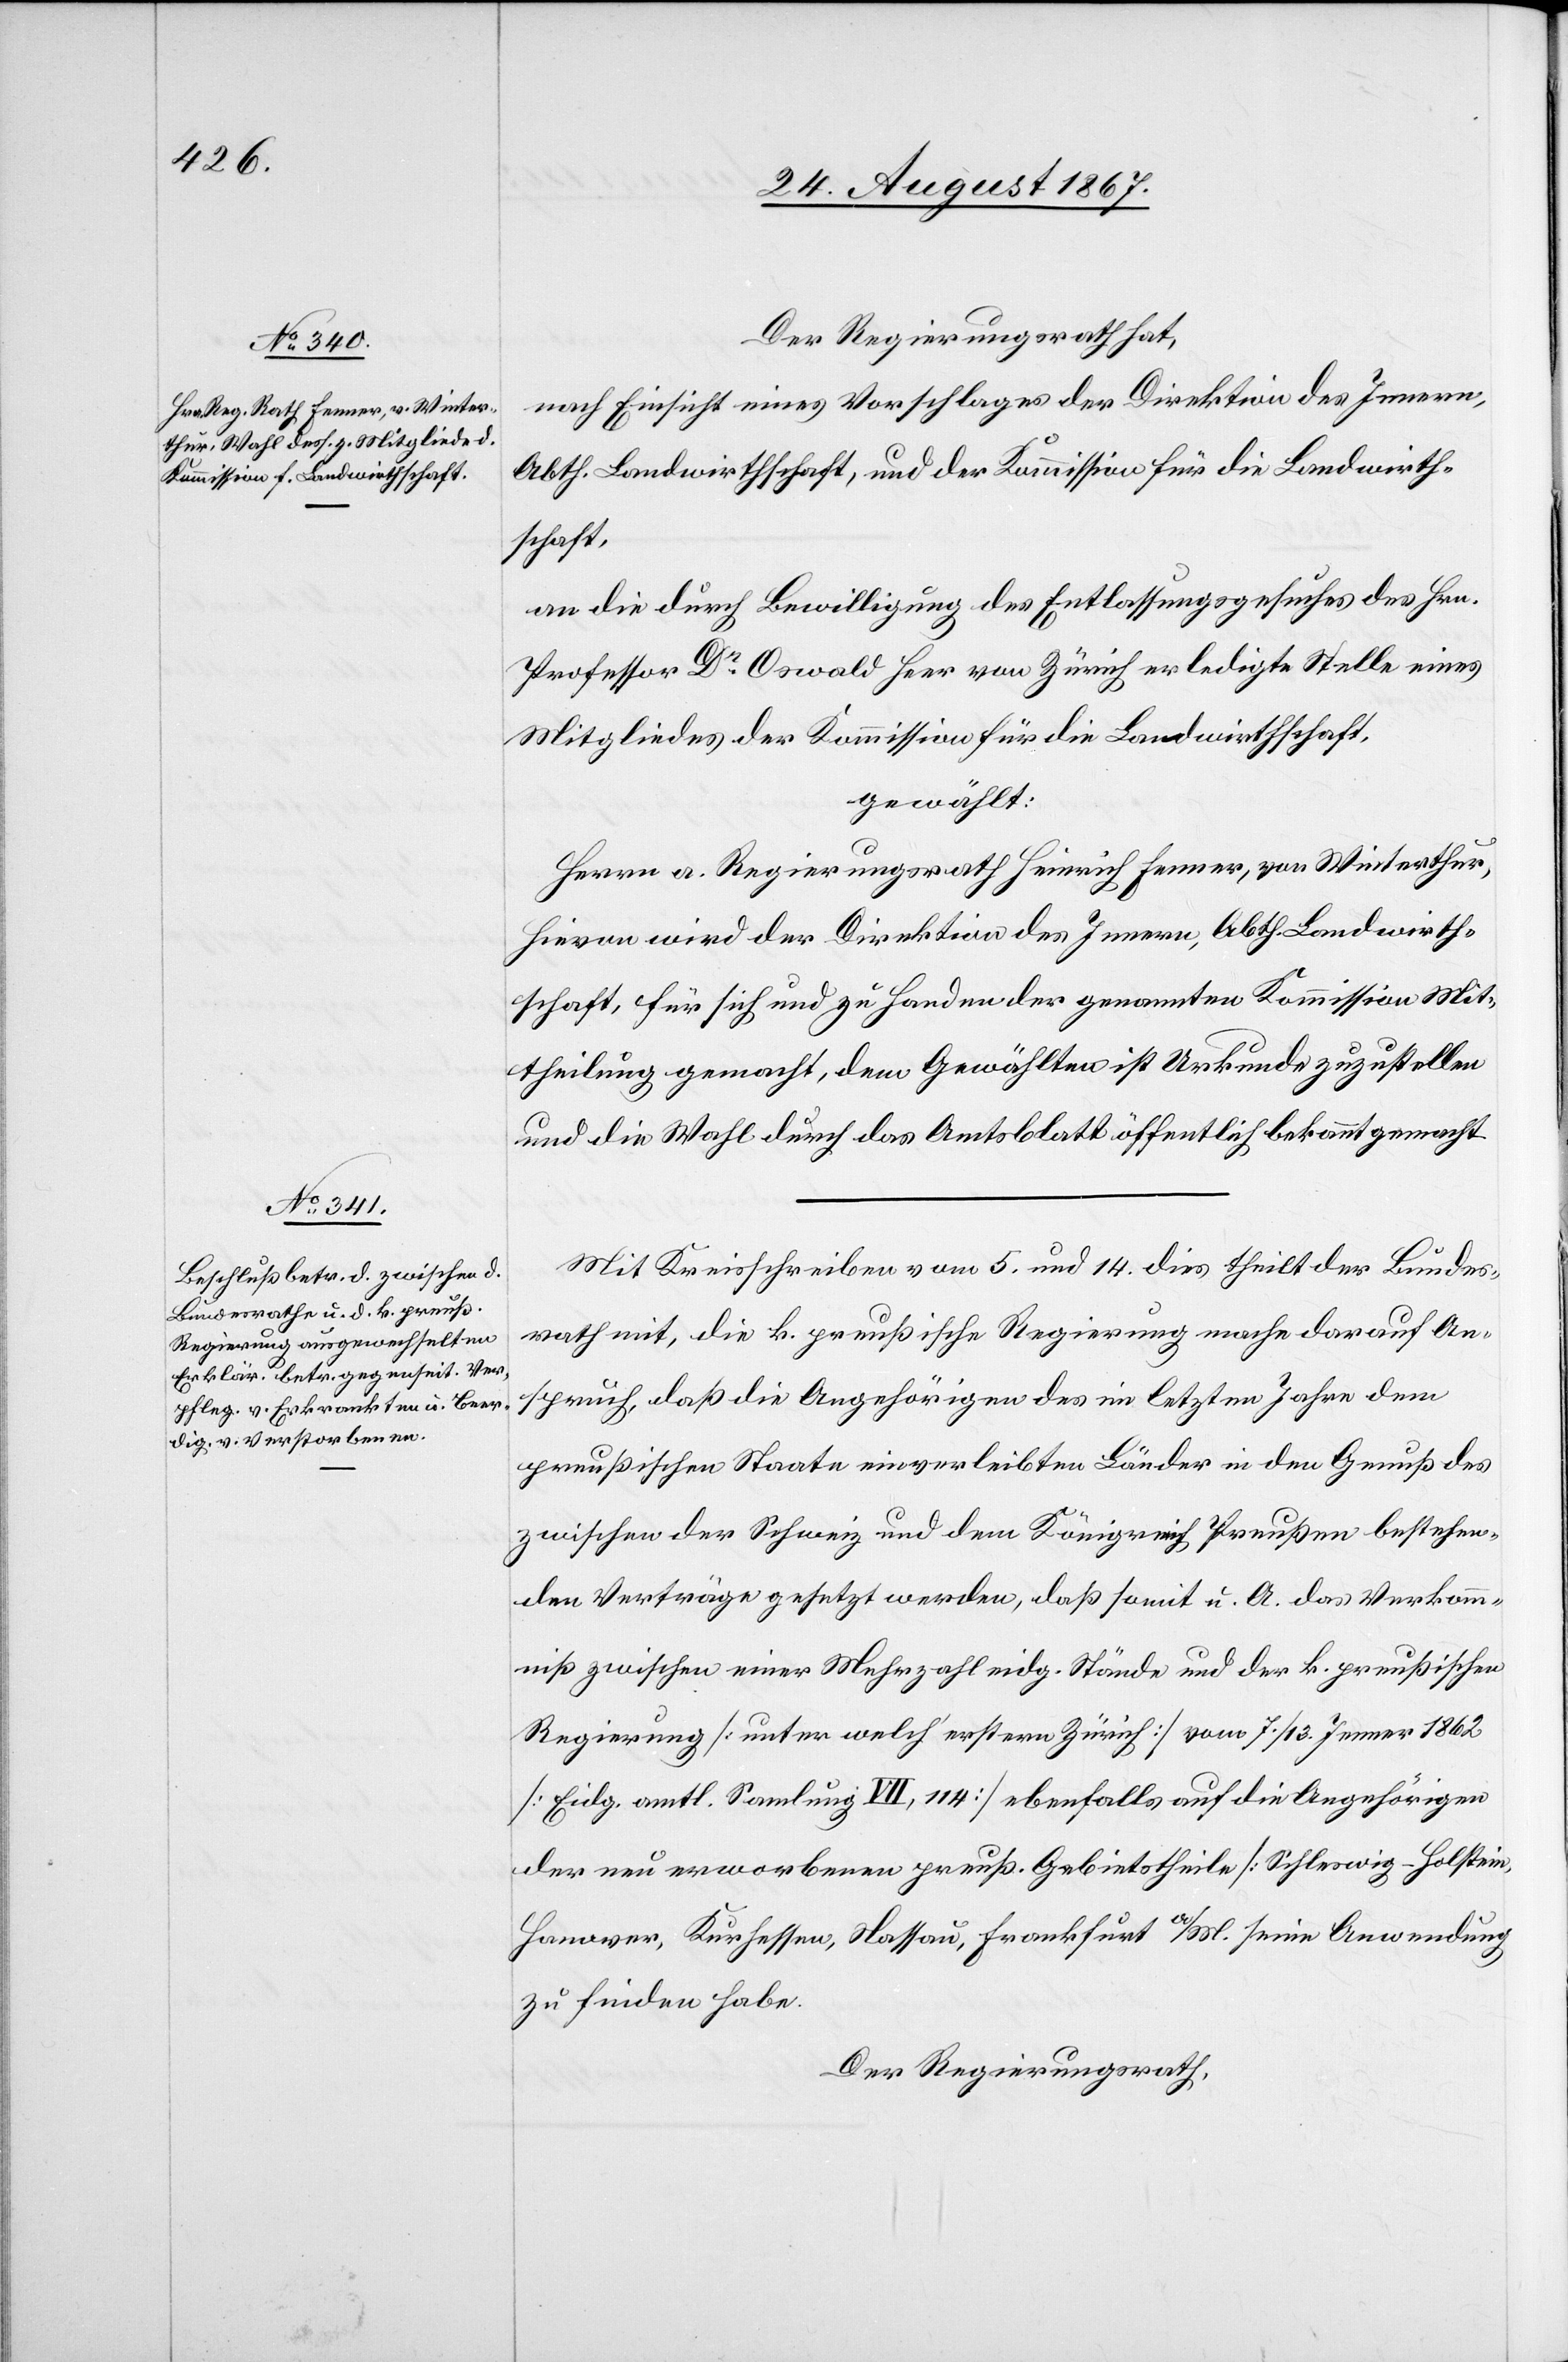
Der Regierungsrath hat,
nach Einsicht eines Vorschlages der Direktion des Innern,
Abth. Landwirthschaft, und der Kommission für die Landwirth¬
schaft,
an die durch Bewilligung des Entlassungsgesuches des Hrn.
Professor Dr. Oswald Heer von Zürich erledigte Stelle eines
Mitgliedes der Kommission für die Landwirthschaft,
gewählt:
Herrn a. Regierungsrath Heinrich Fenner, von Winterthur,
hievon wird der Direktion des Innern, Abth. Landwirth¬
schaft, für sich und zu Handen der genannten Kommission Mit¬
theilung gemacht, dem Gewählten ist Urkunde zuzustellen
und die Wahl durch das Amtsblatt öffentlich bekannt zu gemacht.
Mit Kreisschreiben vom 5. und 14. dies theilt der Bundes¬
rath mit, die k. preußische Regierung mache darauf An¬
spruch, daß die Angehörigen des [recte: der] im letzten Jahre dem
preußischen Staate einverleibten Länder in den Genuß des
zwischen der Schweiz und dem Königreich Preußen bestehen¬
den Verträge gesetzt werden, daß somit u. A. das Verkom¬
mniß zwischen einer Mehrzahl eidg. Stände und der k. preußischen
Regierung [unter welch‘ erstern Zürich] vom 7./13. Jenner 1862
[Eidg. amtl. Sammlung VII, 114] ebenfalls auf die Angehörigen
der neu erworbenen preuß. Gebietstheile [Schleswig-Holstein,
Hanover, Kurhessen, Nassau, Frankfurt a/M.[]] seine Anwendung
zu finden habe.
Der Regierungsrath,